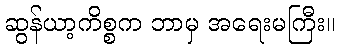
ဆွန်ယာ့ကိစ္စက ဘာမှ အရေးမကြီး။